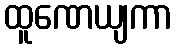
ထူဏေယျကာ